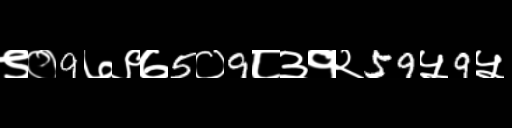
Text: ९०9७९७5०9८३१२59५9५